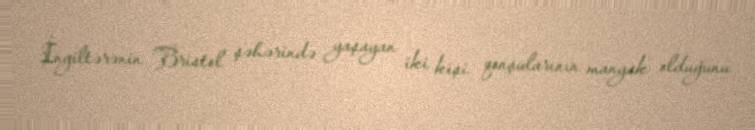
İngiltərənin Bristol şəhərində yaşayan iki kişi qonşularının manyak olduğunu